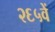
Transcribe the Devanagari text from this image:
२६५वें